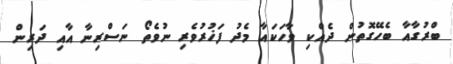
ބްރުގާއާ ބެހޭގޮތުން ދެއްކި ވާހަކައާ މެދު ފަޚުރުވެރި ނުވެތޯ ނަސްރިނާ އާއި ދަރިން